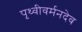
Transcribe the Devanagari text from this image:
पृथ्वीवर्मनदेव